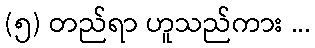
(၅) တည်ရာ ဟူသည်ကား ...